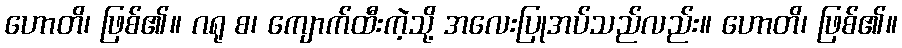
ဟောတိ၊ ဖြစ်၏။ ဂရု စ၊ ကျောက်ထီးကဲ့သို့ အလေးပြုအပ်သည်လည်း။ ဟောတိ၊ ဖြစ်၏။